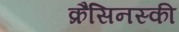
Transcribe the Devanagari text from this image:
क्रैसिनस्की